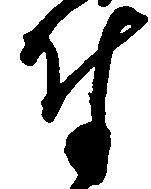
付